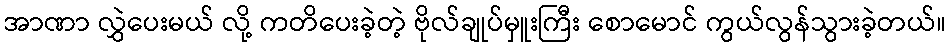
အာဏာ လွှဲပေးမယ် လို့ ကတိပေးခဲ့တဲ့ ဗိုလ်ချုပ်မှူးကြီး စောမောင် ကွယ်လွန်သွားခဲ့တယ်။